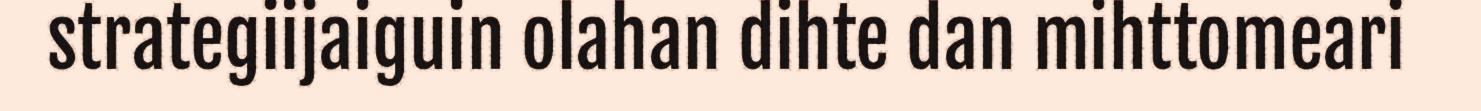
strategiijaiguin olahan dihte dan mihttomeari